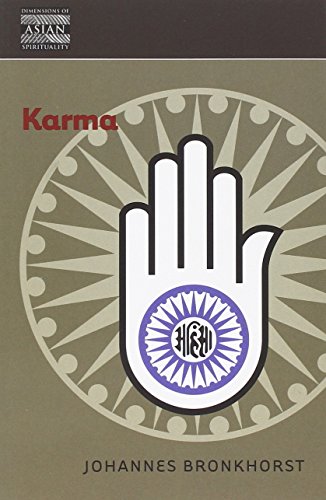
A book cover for Karma (Dimensions of Asian Spirituality); Johannes Bronkhorst; Religion & Spirituality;